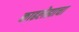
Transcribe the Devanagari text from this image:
काढलेह्याचा